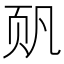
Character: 𮸴